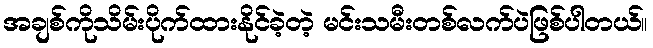
အချစ်ကိုသိမ်းပိုက်ထားနိုင်ခဲ့တဲ့ မင်းသမီးတစ်လက်ပဲဖြစ်ပါတယ်။